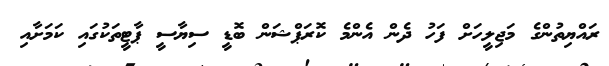
ރައްޔިތުންގެ މަޖިލީހަށް ފަހު ދެން އެންމެ ކޮރަޕްޝަން ބޮޑީ ސިޔާސީ ޕާޓީތަކުގައި ކަމަށާއި